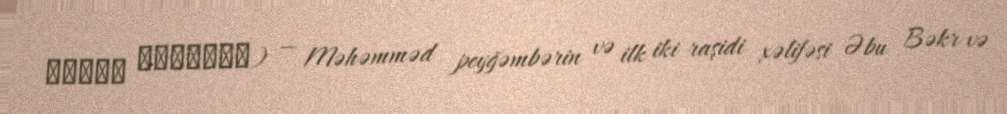
القبة الخضراء) — Məhəmməd peyğəmbərin və ilk iki raşidi xəlifəsi Əbu Bəkr və